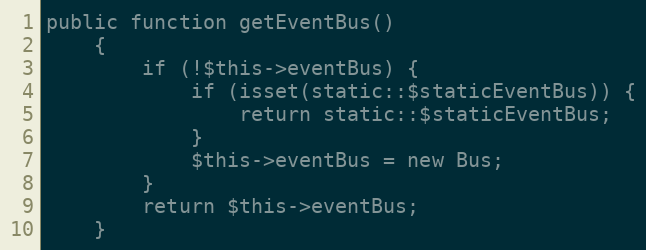
Language: PHP
public function getEventBus()
    {
        if (!$this->eventBus) {
            if (isset(static::$staticEventBus)) {
                return static::$staticEventBus;
            }
            $this->eventBus = new Bus;
        }
        return $this->eventBus;
    }